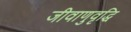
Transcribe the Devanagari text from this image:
जीवाणुवृद्धि